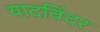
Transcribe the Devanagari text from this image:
यादविंदर